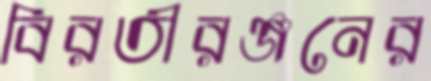
বিরতীরঞ্জনের